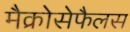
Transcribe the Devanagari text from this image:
मैक्रोसेफैलस